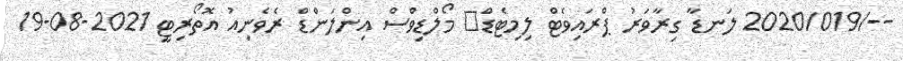
--/2020/019 ލަނޑާ ގިރާވަރު ޕްރައިވެޓް ލިމިޓެޑް	 މޯލްޑިވްސް އިންލަންޑް ރެވެނިއު އޮތޯރިޓީ 2021-08-19